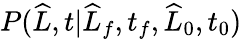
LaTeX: P(\widehat{L},t|\widehat{L}_{f},t_{f},\widehat{L}_{0},t_{0})